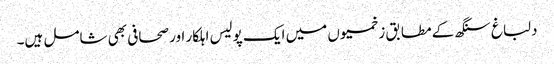
دلباغ سنگھ کے مطابق زخمیوں میں ایک پولیس اہلکار اور صحافی بھی شامل ہیں۔